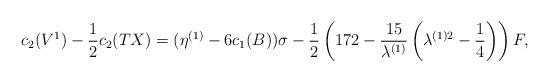
LaTeX: \begin{align*}c_{2}(V^{1})-\frac{1}{2}c_{2}(TX)=(\eta^{(1)}-6c_{1}(B))\sigma-\frac{1}{2}\left(172-\frac{15}{\lambda^{(1)}}\left(\lambda^{(1)2}-\frac{1}{4}\right)\right)F,\end{align*}